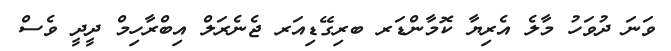
ވަނަ ދުވަހު މާލެ އެރިޔާ ކޮމާންޑަރ ބރިގޭޑިއަރ ޖެނެރަލް އިބްރާހިމް ދީދީ ވެސް